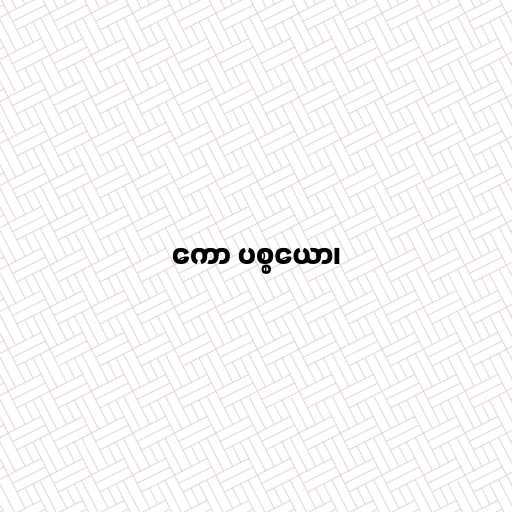
ကော ပစ္စယော၊